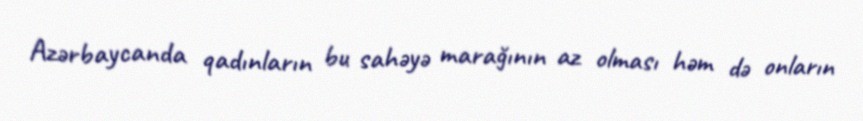
Azərbaycanda qadınların bu sahəyə marağının az olması həm də onların